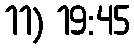
11) 19:45